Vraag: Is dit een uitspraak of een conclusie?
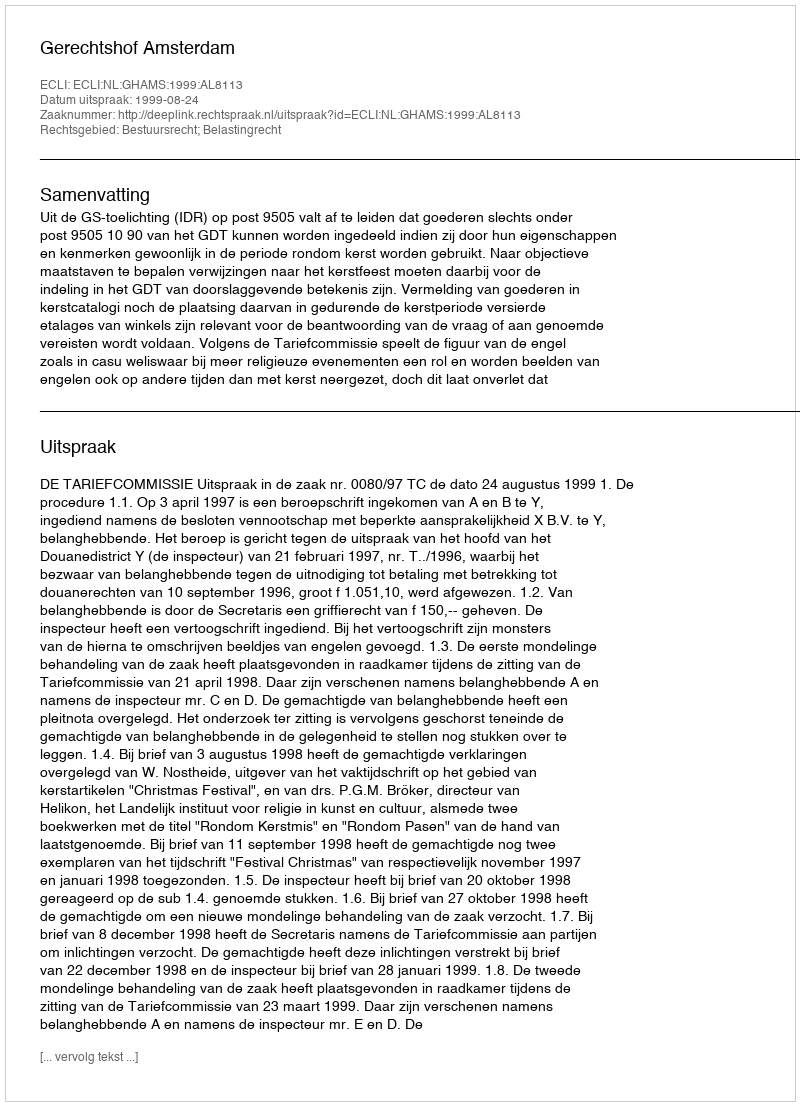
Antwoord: Uitspraak